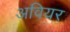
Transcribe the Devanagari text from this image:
अवियर